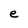
Character: e